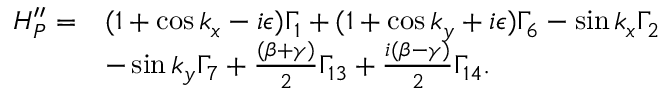
\begin{array} { r l } { H _ { P } ^ { \prime \prime } = } & { ( 1 + \cos k _ { x } - i \epsilon ) \Gamma _ { 1 } + ( 1 + \cos k _ { y } + i \epsilon ) \Gamma _ { 6 } - \sin k _ { x } \Gamma _ { 2 } } \\ & { - \sin k _ { y } \Gamma _ { 7 } + \frac { ( \beta + \gamma ) } { 2 } \Gamma _ { 1 3 } + \frac { i ( \beta - \gamma ) } { 2 } \Gamma _ { 1 4 } . } \end{array}